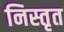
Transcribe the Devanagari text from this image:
निस्तृत